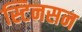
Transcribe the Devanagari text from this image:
स्टिनसन